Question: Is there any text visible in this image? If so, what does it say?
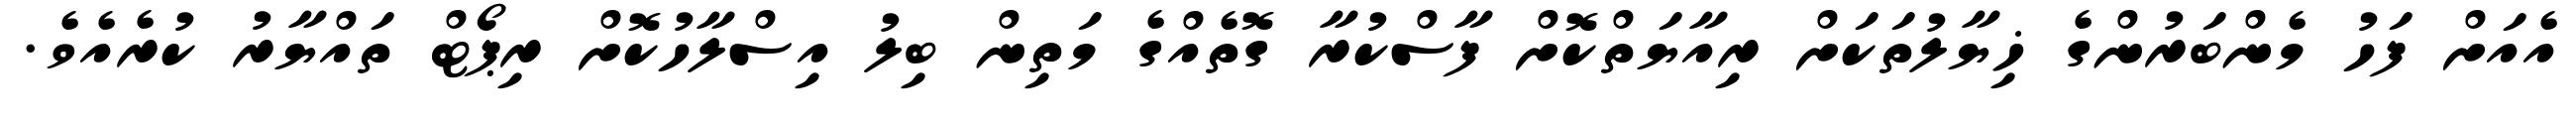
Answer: އެއަށް ފަހު މެންބަރުންގެ ޚިޔާލުތަކަށް ރިއާޔަތްކޮށް ފާސްކުރާ ގޮތެއްގެ މަތިން ބިލު އިސްލާހުކޮށް ރިޕޯޓް ތައްޔާރު ކުރެއެވެ.